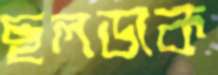
ছলডাক